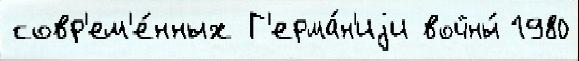
совр'ем'е́нных Г'ерма́н'иjи войны́ 1980